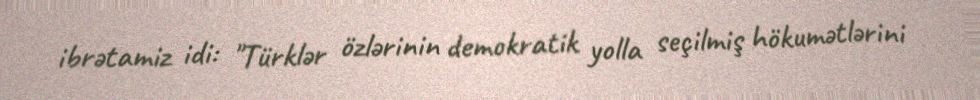
ibrətamiz idi: "Türklər özlərinin demokratik yolla seçilmiş hökumətlərini